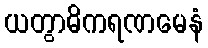
ယတွာဓိကရဏမေနံ